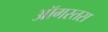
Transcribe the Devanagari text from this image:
ऑगस्तस